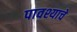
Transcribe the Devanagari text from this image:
पावश्याचे